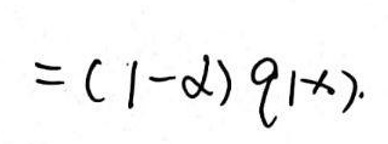
\[=(1 - \alpha)g(x).\]